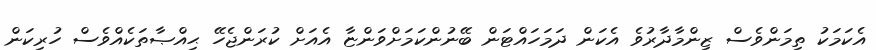
އެކަމަކު ތިމަންވެސް ޒިންމާދާރުވެ އެކަން ދަމަހައްޓަން ބޭނުންކަމަށްވަންޏާ އެއަށް ކުރަންޖެހޭ ޙިއްޞާތަކެއްވެސް ހުރިކަން